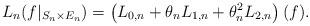
LaTeX: \begin{align*} L_n(f|_{S_n\times E_n})=\left(L_{0,n}+\theta_n L_{1,n}+\theta_n^2L_{2,n}\right)(f). \end{align*}